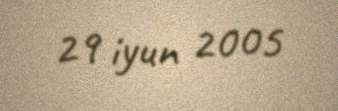
29 iyun 2005